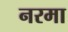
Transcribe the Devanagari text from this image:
नरमा